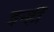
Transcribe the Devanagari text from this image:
इन्हीँ